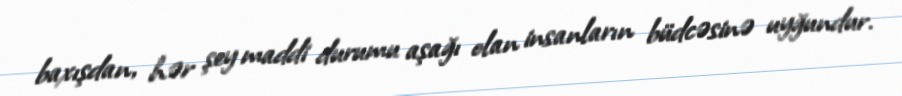
baxışdan, hər şey maddi durumu aşağı olan insanların büdcəsinə uyğundur.